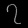
Digit: ၇